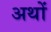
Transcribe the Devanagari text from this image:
अथों